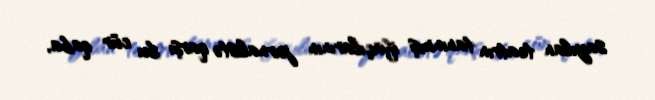
sayılan teatrın tanınmış ifaçılarının jurnalistə qarşı bu cür qaba,